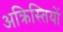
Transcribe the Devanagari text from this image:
अक्रिस्तियों